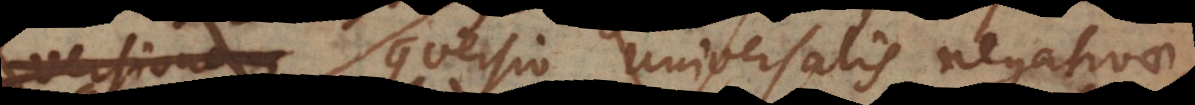
(per conversionem universalis negativae)